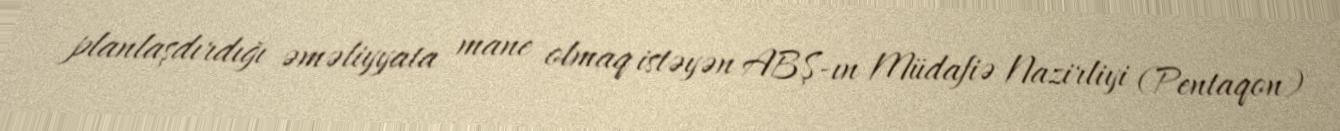
planlaşdırdığı əməliyyata mane olmaq istəyən ABŞ-ın Müdafiə Nazirliyi (Pentaqon)